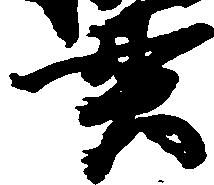
貫